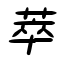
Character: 萃